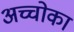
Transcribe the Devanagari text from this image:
अच्चोका